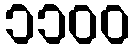
၁၁၀၀